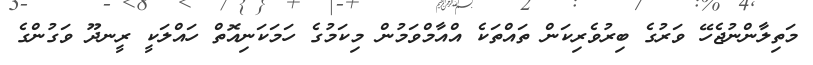
މަތިލާންނުޖެހޭ ވަރުގެ ބިރުވެރިކަން ތައްތަކެ އްއާމްވަމުން މިކަމުގެ ހަމަކަނިއޮތް ހައްލަކީ ރީނދޫ ވަގުންގެ